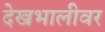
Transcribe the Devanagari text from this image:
देखभालीवर